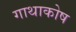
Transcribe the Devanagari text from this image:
गाथाकोष